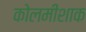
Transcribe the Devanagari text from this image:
कोलमीशाक